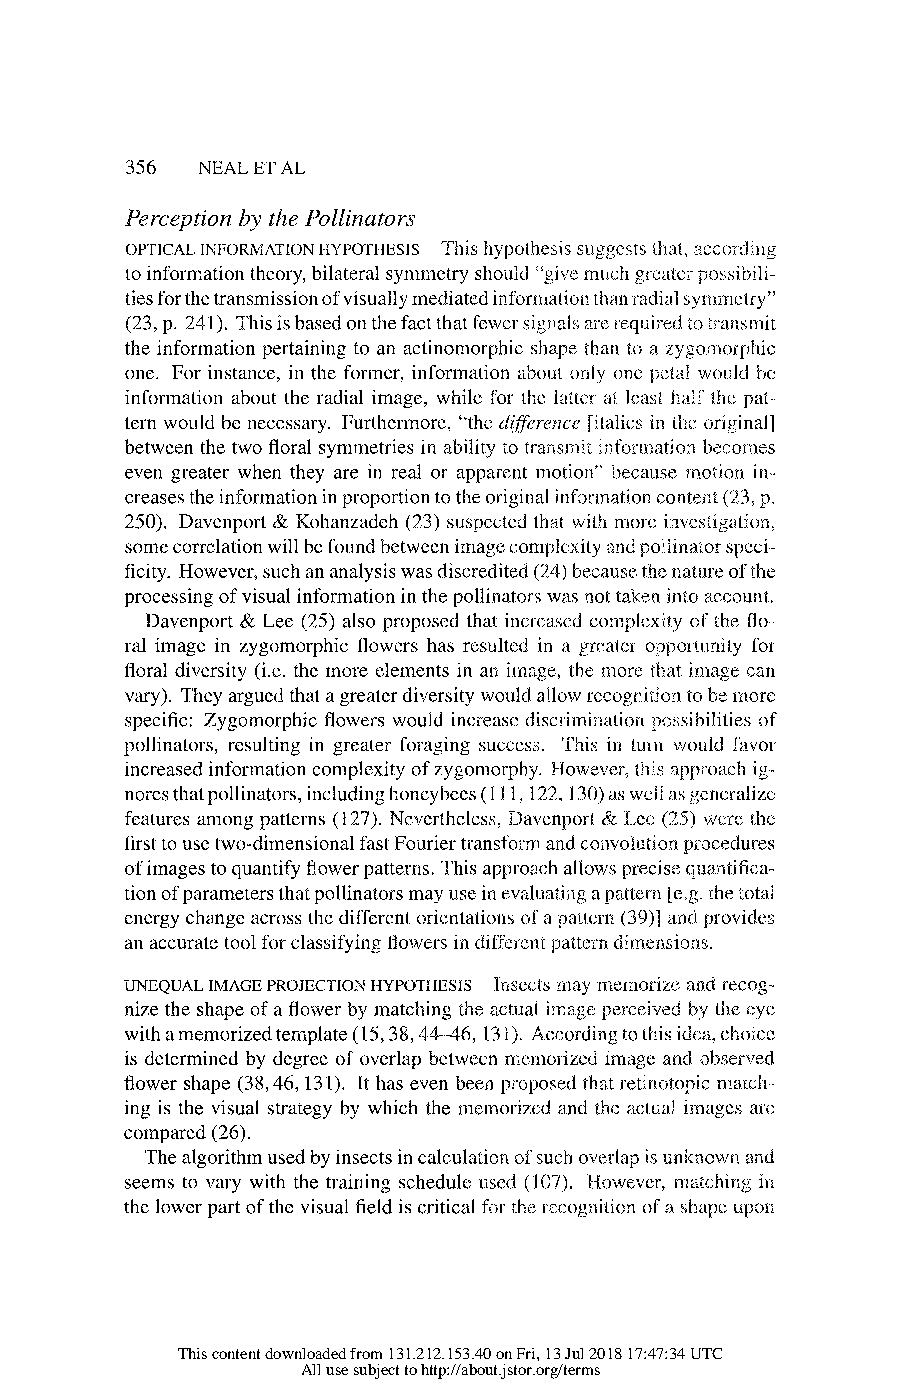
356 NEAL ET AL
 Perception by the Pollinators
 OPTICAL INFORMATION HYPOTHESIS This hypothesis suggests that, according
 to information theory, bilateral symmetry should "6give much greater possibili-
 ties for the transmission of visually mediated informnation than radial symnmetry"
 (23, p. 241). This is based on the fact that fewer signals are required to transmit
 the information pertaining to an actinomorphic shape than to a zy0o iorphic
 one. For instance, in the former, information about only one petal would be
 information about the radial image, while for the latter at least half the pat-
 tern would be necessary. Furthermore, "the difference [italics in the original]
 between the two floral symmetries in ability to transmit information becomes
 even greater when they are in real or apparent motion" because l otion in-
 creases the information in proportion to the original information content (23, p.
 250). Davenport & Kohanzadeh (23) suspected that with more investigation,
 some correlation will be found between image complexity and pollinator speci-
 ficity. However, such an analysis was discredited (24) because the nature of the
 processing of visual information in the pollinators was not taken into account.
 Davenport & Lee (25) also proposed that increased complexity of the flo-
 ral image in zygomorphic flowers has resulted in a greater opportunity for
 floral diversity (i.e. the more elements in an image, the more that image can
 vary). They argued that a greater diversity would allow recognition to be more
 specific: Zygomorphic flowers would increase discrimination possibilities of
 pollinators, resulting in greater foraging success. This in turn would favor
 increased information complexity of zygomorphy. However, this approach ig-
 nores that pollinators, including honeybees (1 11, 122, 130) as well as generalize
 features among patterns (127). Nevertheless, Davenport & Lee (25) were the
 first to use two-dimensional fast Fourier transform and convolution procedures
 of images to quantify flower patterns. This approach allows precise quantifica-
 tion of parameters that pollinators may use in evaluating a pattern [e.g. the total
 energy change across the different orientationis of a pattern (39)] and provides
 an accurate tool for classifying flowers in different pattern dimensions.
 UNEQUAL IMAGE PROJECTION HYPOTHESIS Inisects may memorize and recog-
 nize the shape of a flower by matching the actual image perceived by the eye
 with a memorized template (15, 38, 44-46, 131.). According to this idea, choice
 is determined by degree of overlap between memorized image and observed
 flower shape (38, 46, 131). It has even been proposed that retinotopic match-
 ing is the visual strategy by which the memorized and the actual images are
 compared (26).
 The algorithm used by insects in calculation of such overlap is unknown and
 seems to vary with the training schedule used (107). However, matching in
 the lower part of the visual field is critical for the recognition of a shape upon
 This content downloaded from 131.212.153.40 on Fri, 13 Jul 2018 17:47:34 UTC
 All use subject to http://about.jstor.org/terms